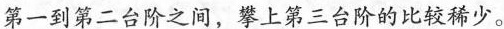
第一到第二台阶之间，攀上第三台阶的比较稀少。